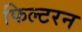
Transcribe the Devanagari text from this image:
फिल्टरन